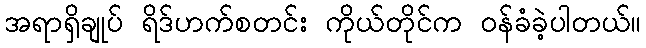
အရာရှိချုပ် ရိဒ်ဟက်စတင်း ကိုယ်တိုင်က ဝန်ခံခဲ့ပါတယ်။